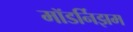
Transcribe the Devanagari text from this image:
मॉडर्निझम